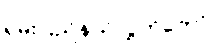
ရှမ်းပြည်နယ်လွှတ်တော်